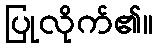
ပြုလိုက်၏။